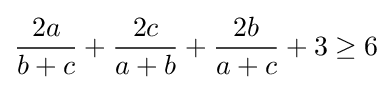
{\frac {2a}{b+c}}+{\frac {2c}{a+b}}+{\frac {2b}{a+c}}+3\geq 6